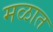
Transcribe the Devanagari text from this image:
मळात